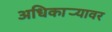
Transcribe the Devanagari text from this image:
अधिकार्‍यावर